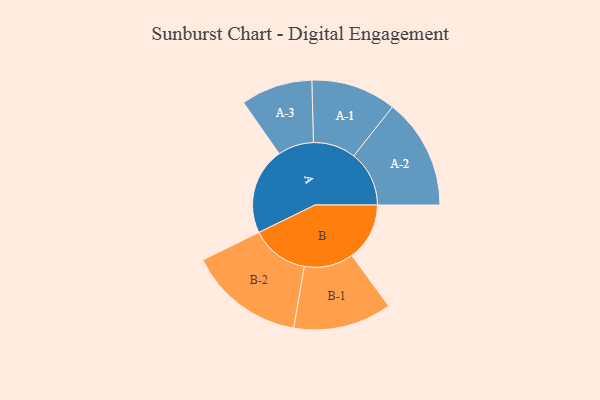
{"axis": {"x": "Segment", "y": "Value"}, "legend": ["", "A", "B"], "data": [{"x": "A", "y": 378, "type": ""}, {"x": "B", "y": 251, "type": ""}, {"x": "A-1", "y": 185, "type": "A"}, {"x": "A-2", "y": 241, "type": "A"}, {"x": "A-3", "y": 156, "type": "A"}, {"x": "B-1", "y": 214, "type": "B"}, {"x": "B-2", "y": 252, "type": "B"}]}